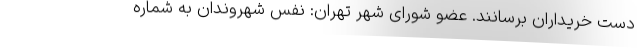
دست خریداران برسانند. عضو شورای شهر تهران: نفس شهروندان به شماره